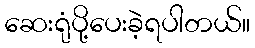
ဆေးရုံပို့ပေးခဲ့ရပါတယ်။